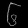
Digit: ၆